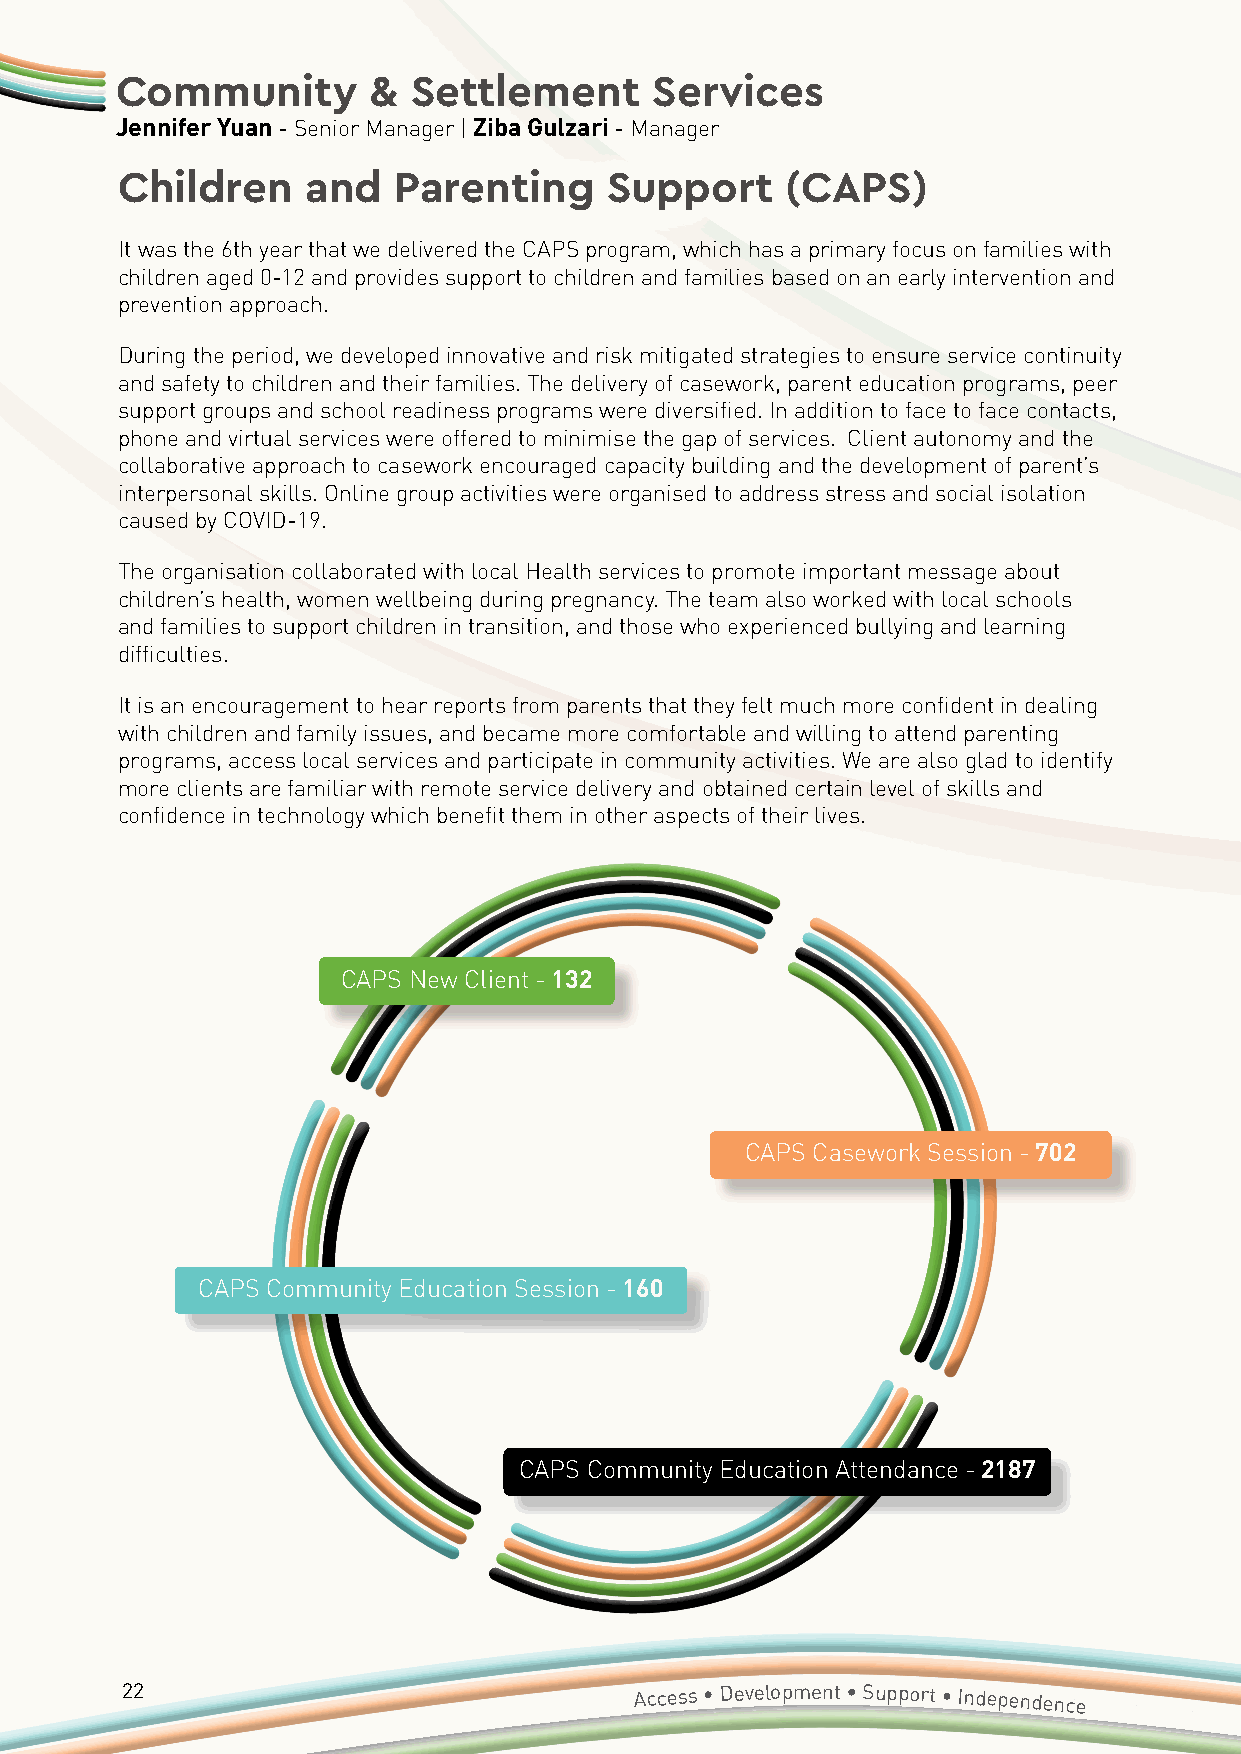
Community       &  Settlement      Services
 Jennifer Yuan - Senior Manager | Ziba Gulzari - Manager
 Children    and   Parenting     Support     (CAPS)
 It was the 6th year that we delivered the CAPS program, which has a primary focus on families with
 children aged 0-12 and provides support to children and families based on an early intervention and
 prevention approach.
 During the period, we developed innovative and risk mitigated strategies to ensure service continuity
 and safety to children and their families. The delivery of casework, parent education programs, peer
 support groups and school readiness programs were diversified. In addition to face to face contacts,
 phone and virtual services were offered to minimise the gap of services. Client autonomy and the
 collaborative approach to casework encouraged capacity building and the development of parent’s
 interpersonal skills. Online group activities were organised to address stress and social isolation
 caused by COVID-19.
 The organisation collaborated with local Health services to promote important message about
 children’s health, women wellbeing during pregnancy. The team also worked with local schools
 and families to support children in transition, and those who experienced bullying and learning
 difficulties.
 It is an encouragement to hear reports from parents that they felt much more confident in dealing
 with children and family issues, and became more comfortable and willing to attend parenting
 programs, access local services and participate in community activities. We are also glad to identify
 more clients are familiar with remote service delivery and obtained certain level of skills and
 confidence in technology which benefit them in other aspects of their lives.
 CAPS New Client - 132
 CAPS Casework Session - 702
 CAPS Community Education Session - 160
 CAPS Community Education Attendance - 2187
 22                                Access • Development • Support • Independence
 Annual
 Report 2020/2021 • Accessible Diversity Services Initiative
 Limited